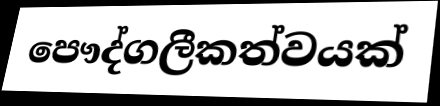
පෞද්ගලීකත්වයක්